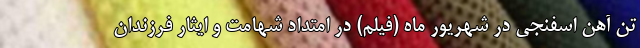
تن آهن اسفنجی در شهریور ماه (فیلم) در امتداد شهامت و ایثار فرزندان